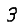
Digit: 3